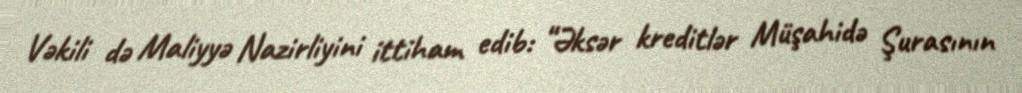
Vəkili də Maliyyə Nazirliyini ittiham edib: “Əksər kreditlər Müşahidə Şurasının